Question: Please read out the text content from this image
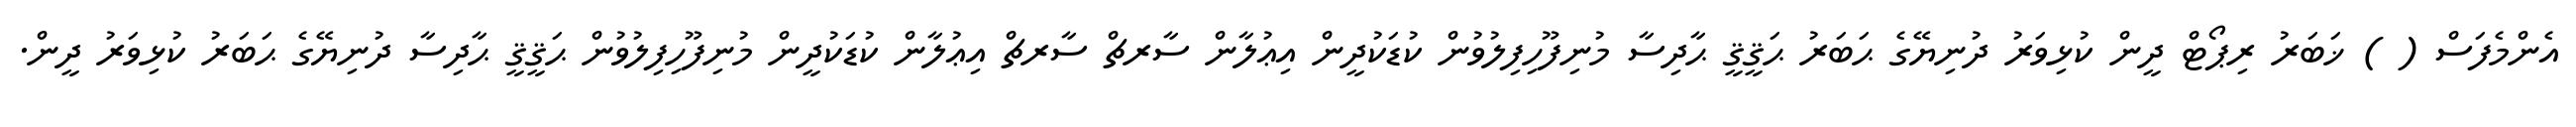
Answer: އެންމެފަސް ( ) ޚަބަރު ރިޕޯޓް ދީން ކުޅިވަރު ދުނިޔޭގެ ޙަބަރު ޙަޤީޤީ ޙާދިސާ މުނިފޫހިފިލުވުން ކުޑަކުދީން އިޢުލާން ސާރޗް ސާރޗް އިޢުލާން ކުޑަކުދީން މުނިފޫހިފިލުވުން ޙަޤީޤީ ޙާދިސާ ދުނިޔޭގެ ޙަބަރު ކުޅިވަރު ދީން.